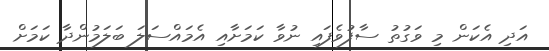
އަދި އެކަން މި ވަގުތު ސާފުވެފައި ނުވާ ކަމަށާއި އެމައްސަލަ ބަލަމުންދާ ކަމަށް